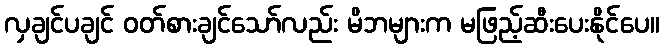
လှချင်ပချင် ဝတ်စားချင်သော်လည်း မိဘများက မဖြည့်ဆီးပေးနိုင်ပေ။